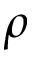
\rho